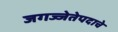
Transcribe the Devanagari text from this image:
जगज्जेतेपदाचे